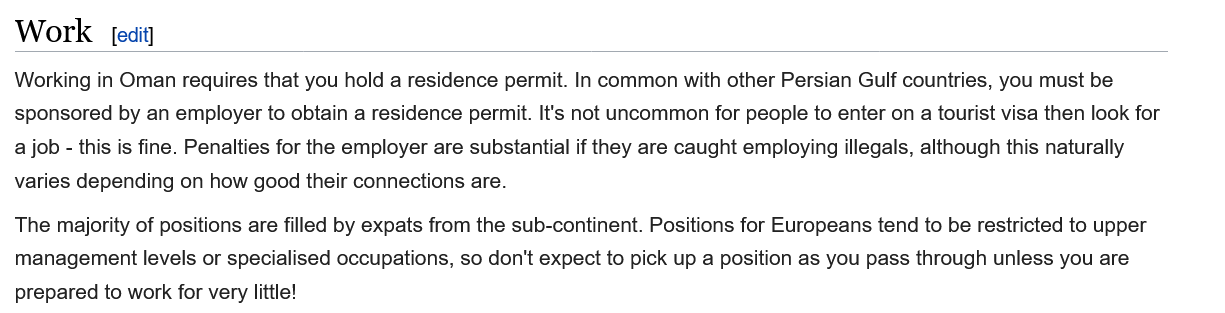
Work    [edit]
  Working in Oman requires that you hold a residence permit. In common with other Persian Gulf countries, you must be
  sponsored by an employer to obtain a residence permit. It's not uncommon for people to enter on
  a
     tourist visa then look for
  a job - this is fine. Penalties for the employer are substantial if they are caught employing illegals, although this naturally
  varies depending on how good their connections are.
  The majority of positions are filled by expats from the sub-continent. Positions for Europeans tend to be restricted to upper
  management levels or specialised occupations, so don't expect to pick up a position as you pass through unless you are
  prepared to work for very little!